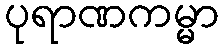
ပုရာဏကမ္မာ